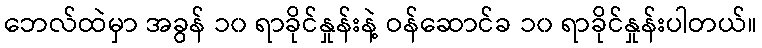
ဘေလ်ထဲမှာ အခွန် ၁၀ ရာခိုင်နှုန်းနဲ့ ဝန်ဆောင်ခ ၁၀ ရာခိုင်နှုန်းပါတယ်။